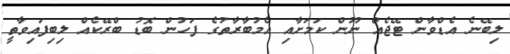
ލިބޭނެ އެޑްވާން ޓޭޖެއް ނޫން ކަމަށާއި އެމުބާރާތުގެ ފަހުން ބޮޑު ބްރޭކެއް ލިބިފައިވާތީ